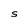
Character: S